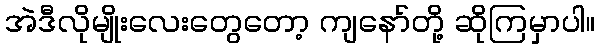
အဲဒီလိုမျိုးလေးတွေတော့ ကျနော်တို့ ဆိုကြမှာပါ။